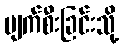
ပျက်စီးခြင်းသို့